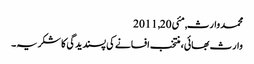
محمد وارث, ‏مئی 20, 2011
وارث بھائی، منتخب افسانے کی پسندیدگی کا شکریہ۔